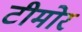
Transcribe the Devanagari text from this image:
टीमोर